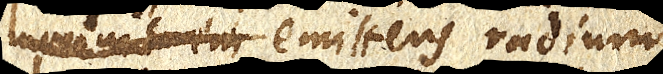
luminis emi emittens radium